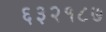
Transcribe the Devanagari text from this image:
६३२१८७